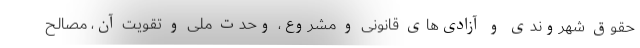
حقوق شهروندی و آزادی‌های قانونی و مشروع، وحدت ملی و تقویت آن، مصالح